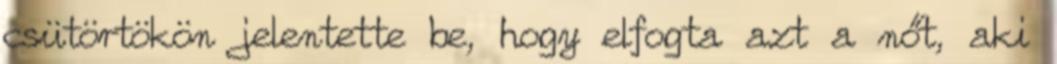
csütörtökön jelentette be, hogy elfogta azt a nőt, aki